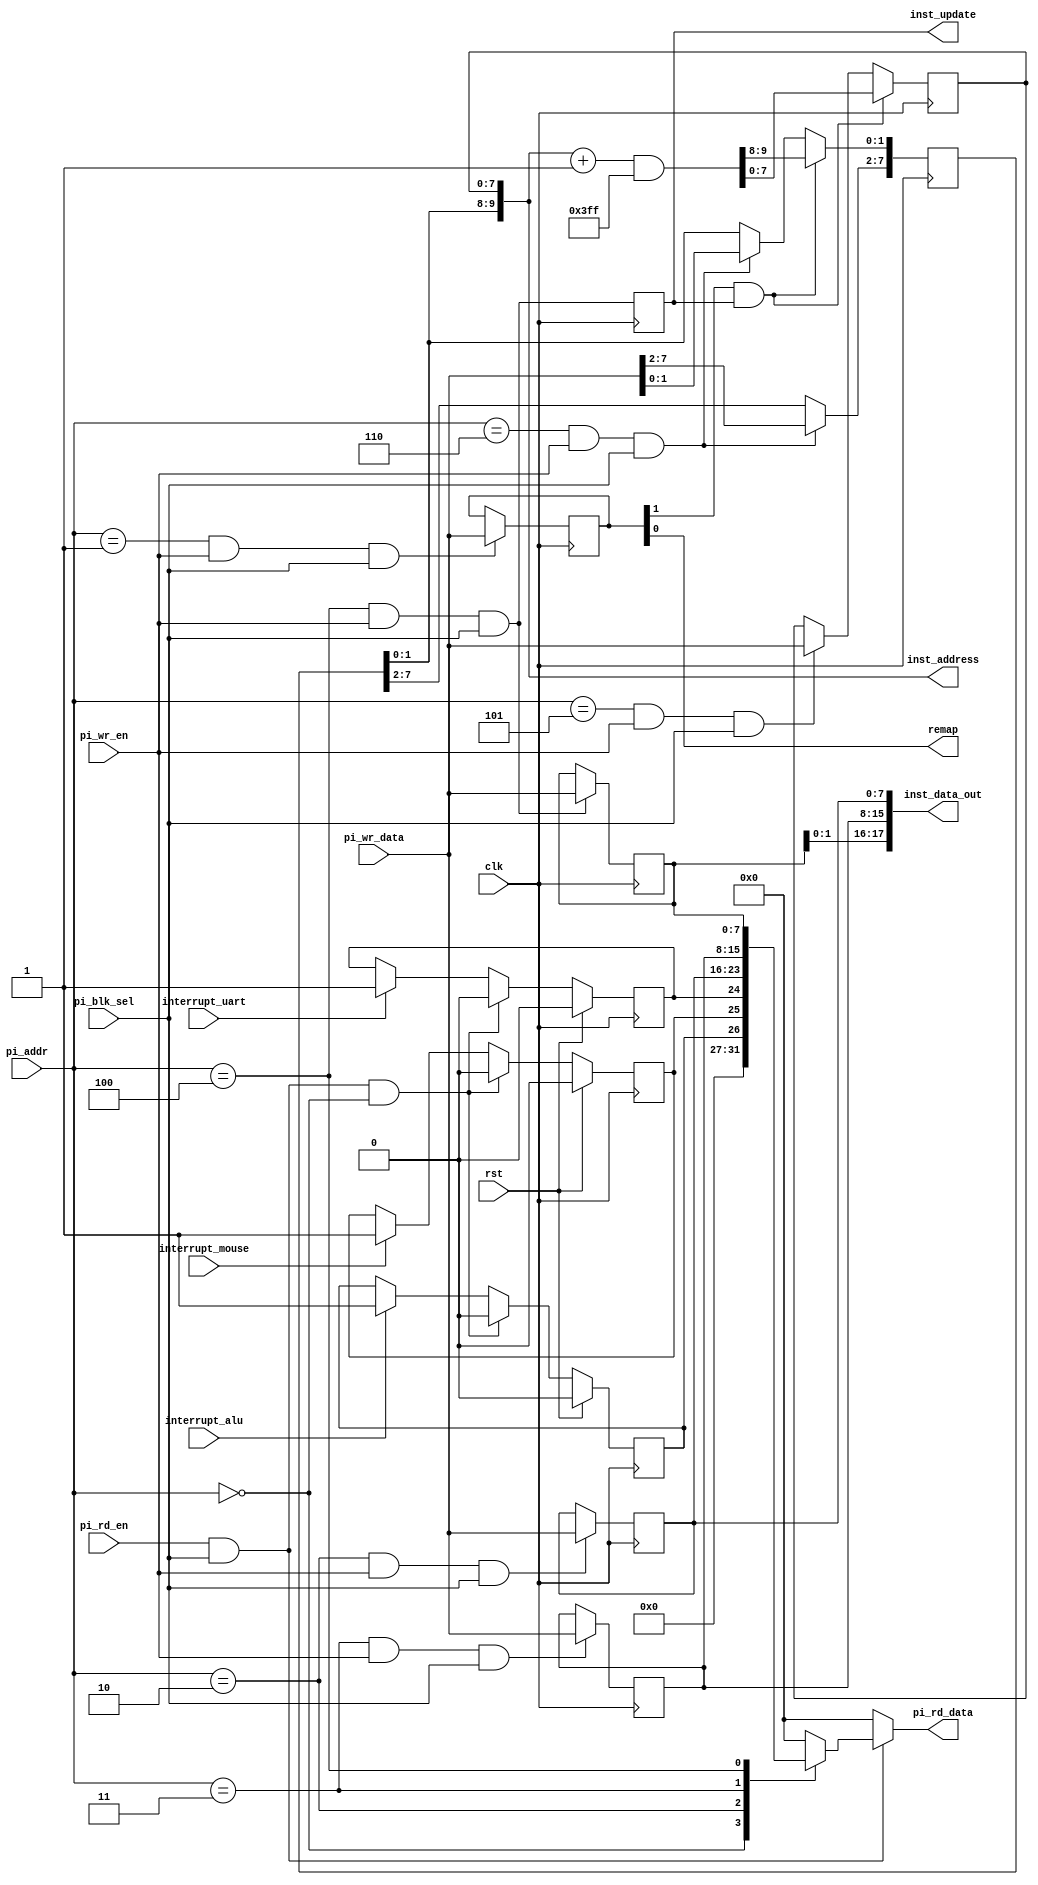
`timescale  1ns / 100ps 
`default_nettype  none 
//////////////////////////////////////////////////////////////////////////////////
// Company: 
// 
// Design Name: 
// Module Name:   cpu_pi 
// Function:      cpu register configuation through processor interface      
//
// Note: 
//
// Revision: 
// Revision 0.01 - File Created
// Additional Comments: 
//
//////////////////////////////////////////////////////////////////////////////////
//
module   cpu_pi   (

   // --- clock and reset 
   input  wire        clk,
   input  wire        rst,
   
   // --- uP interface
   input  wire        pi_blk_sel, 
   input  wire [3:0]  pi_addr, 
   input  wire        pi_wr_en, 
   input  wire        pi_rd_en,
   input  wire [7:0]  pi_wr_data,
   output reg  [7:0]  pi_rd_data,

   // --- setting relates to CPU  
   output wire        inst_update,
   output wire [9:0]  inst_address,
   output wire [17:0] inst_data_out,  
   output wire        remap,

   // --- status from other modules
   input  wire        interrupt_uart,
   input  wire        interrupt_alu,
   input  wire        interrupt_mouse

) ; 

   parameter REG_CPU_STATUS_ADDR      =  4'h0;
   parameter REG_CPU_CONTROL_ADDR     =  4'h1;
   parameter REG_CPU_INST_LOW_ADDR    =  4'h2;
   parameter REG_CPU_INST_HIGH_ADDR   =  4'h3;
   parameter REG_CPU_INST_PA_ADDR     =  4'h4;
   parameter REG_CPU_ADDR_LOW_ADDR    =  4'h5;
   parameter REG_CPU_ADDR_HIGH_ADDR   =  4'h6;

   wire        reg_control_wr_stb;
   wire        reg_inst_low_wr_stb;
   wire        reg_inst_high_wr_stb;
   wire        reg_inst_pa_wr_stb;
   wire        reg_addr_low_wr_stb;
   wire        reg_addr_high_wr_stb;
   reg [7:0]   reg_control       =  'h00  ;         
   reg [7:0]   reg_inst_low;
   reg [7:0]   reg_inst_high;
   reg [7:0]   reg_inst_pa;
   reg [7:0]   reg_addr_low;
   reg [7:0]   reg_addr_high;
   reg         reg_intr_alu_r; 
   reg         reg_intr_mouse_r;
   reg         reg_intr_uart_r;
   wire        reg_addr_inc_en;        
   reg         codeword_done; 
 // -------------------------------------------------------------------------------
 //    Register write address decoder    
 // -------------------------------------------------------------------------------

   assign   reg_control_wr_stb      =  (  pi_addr  == REG_CPU_CONTROL_ADDR )    & pi_wr_en & pi_blk_sel ; 
   assign   reg_inst_low_wr_stb     =  (  pi_addr  == REG_CPU_INST_LOW_ADDR )   & pi_wr_en & pi_blk_sel ; 
   assign   reg_inst_high_wr_stb    =  (  pi_addr  == REG_CPU_INST_HIGH_ADDR )  & pi_wr_en & pi_blk_sel ; 
   assign   reg_inst_pa_wr_stb      =  (  pi_addr  == REG_CPU_INST_PA_ADDR )    & pi_wr_en & pi_blk_sel ; 
   assign   reg_addr_low_wr_stb     =  (  pi_addr  == REG_CPU_ADDR_LOW_ADDR )   & pi_wr_en & pi_blk_sel ; 
   assign   reg_addr_high_wr_stb    =  (  pi_addr  == REG_CPU_ADDR_HIGH_ADDR )  & pi_wr_en & pi_blk_sel ; 

 // -------------------------------------------------------------------------------
 //    Register Write    
 // -------------------------------------------------------------------------------

   always @( posedge clk ) begin 
      if ( reg_control_wr_stb )      reg_control     <= pi_wr_data[7:0] ; 
      if ( reg_inst_low_wr_stb )     reg_inst_low    <= pi_wr_data[7:0] ; 
      if ( reg_inst_high_wr_stb )    reg_inst_high   <= pi_wr_data[7:0] ; 
      if ( reg_inst_pa_wr_stb )      reg_inst_pa     <= pi_wr_data[7:0] ; 
      if ( reg_addr_low_wr_stb )     reg_addr_low    <= pi_wr_data[7:0] ; 
      if ( reg_addr_high_wr_stb )    reg_addr_high   <= pi_wr_data[7:0] ; 

      if ( reg_addr_inc_en && codeword_done ) begin 
         { reg_addr_high[1:0], reg_addr_low } <= ( inst_address + 10'b1 ) & {10{1'b1}} ; 
      end 

   end 


   always @( posedge clk ) begin 
      if ( rst ) begin 
         reg_intr_alu_r   <= 1'b0; 
         reg_intr_mouse_r <= 1'b0;
         reg_intr_uart_r  <= 1'b0;
      end else begin
         if ( pi_rd_en & pi_blk_sel & ( pi_addr == REG_CPU_STATUS_ADDR ) ) begin 
            reg_intr_alu_r   <= 1'b0; 
            reg_intr_mouse_r <= 1'b0;
            reg_intr_uart_r  <= 1'b0;
         end else begin 
            
            if ( interrupt_mouse ) begin 
               reg_intr_mouse_r <= 1'b1 ; 
            end

            if ( interrupt_uart ) begin 
               reg_intr_uart_r   <= 1'b1 ; 
            end

            if ( interrupt_alu ) begin 
               reg_intr_alu_r    <= 1'b1 ; 
            end

         end
      end 
   end


 // -------------------------------------------------------------------------------
 //    Register  rename    
 // -------------------------------------------------------------------------------
   assign   remap             =  reg_control[0] ; 
   assign   reg_addr_inc_en   =  reg_control[1];
   assign   inst_data_out     =  { reg_inst_pa[1:0], reg_inst_high, reg_inst_low} ; 
      
   assign   inst_address      =  { reg_addr_high[1:0], reg_addr_low} ; 

   always @( posedge clk ) begin 
       codeword_done <= reg_inst_pa_wr_stb ;   
   end

   assign  inst_update       =   codeword_done;  

 // -------------------------------------------------------------------------------
 //    Register  read    
 // -------------------------------------------------------------------------------

   always @(*) begin 
      pi_rd_data  =  8'h00;
      if ( pi_rd_en & pi_blk_sel ) begin 
         case ( pi_addr ) 
            REG_CPU_STATUS_ADDR   :  pi_rd_data  =  {  5'b00000, reg_intr_alu_r, reg_intr_mouse_r, reg_intr_uart_r } ;  
            REG_CPU_INST_LOW_ADDR :  pi_rd_data  = reg_inst_low;
            REG_CPU_INST_HIGH_ADDR : pi_rd_data  = reg_inst_high;
            REG_CPU_INST_PA_ADDR  :  pi_rd_data  = reg_inst_pa;
         endcase 
      end
   end
 // -------------------------------------------------------------------------------
 //    Interface connection     
 // -------------------------------------------------------------------------------


endmodule